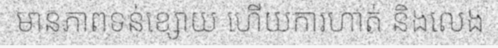
មានភាពទន់ខ្សោយ ហើយការហាត់ និងលេង